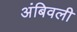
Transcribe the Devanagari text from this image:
अंबिवली